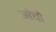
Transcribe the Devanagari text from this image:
जाँघो